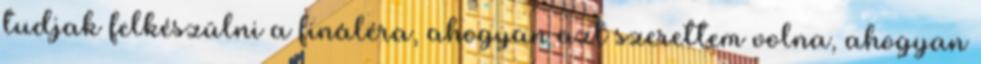
tudjak felkészülni a fináléra, ahogyan azt szerettem volna, ahogyan